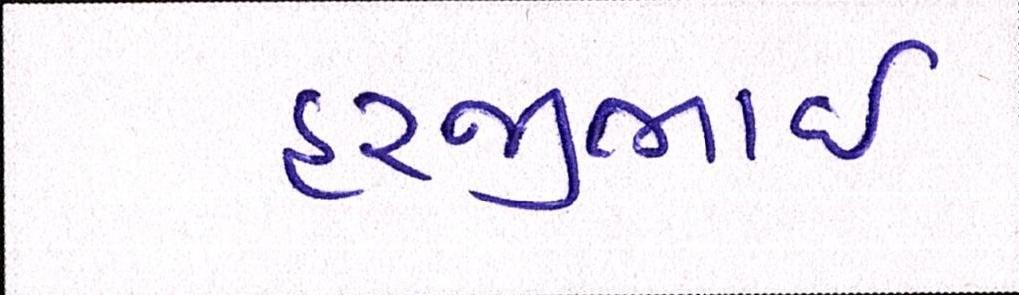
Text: હરજીભાઇ